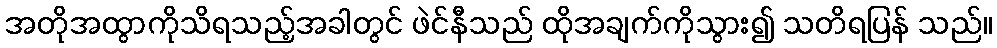
အတိုအထွာကိုသိရသည့်အခါတွင် ဖဲင်နီသည် ထိုအချက်ကိုသွား၍ သတိရပြန် သည်။